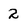
Character: 2